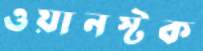
ওয়ানস্টক